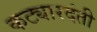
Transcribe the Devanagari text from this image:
कट्यारदंती